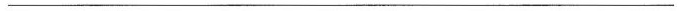
___